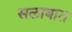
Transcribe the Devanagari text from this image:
सलाबात